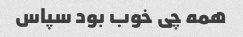
همه چی خوب بود سپاس